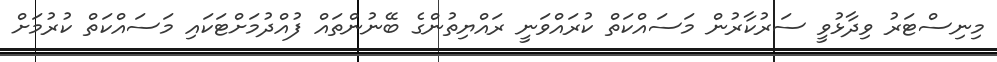
މިނިސްޓަރު ވިދާޅުވީ ސަރުކާރުން މަސައްކަތް ކުރައްވަނީ ރައްޔިތުންގެ ބޭނުންތައް ފުއްދުމަށްޓަކައި މަސައްކަތް ކުރުމަށް